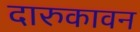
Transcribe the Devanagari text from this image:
दारुकावन